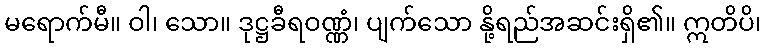
မရောက်မီ။ ဝါ၊ သော။ ဒုဋ္ဌခီရဝဏ္ဏံ၊ ပျက်သော နို့ရည်အဆင်းရှိ၏။ ဣတိပိ၊